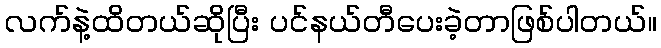
လက်နဲ့ထိတယ်ဆိုပြီး ပင်နယ်တီပေးခဲ့တာဖြစ်ပါတယ်။